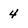
Character: 4